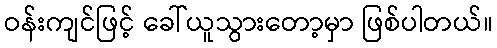
ဝန်းကျင်ဖြင့် ခေါ်ယူသွားတော့မှာ ဖြစ်ပါတယ်။